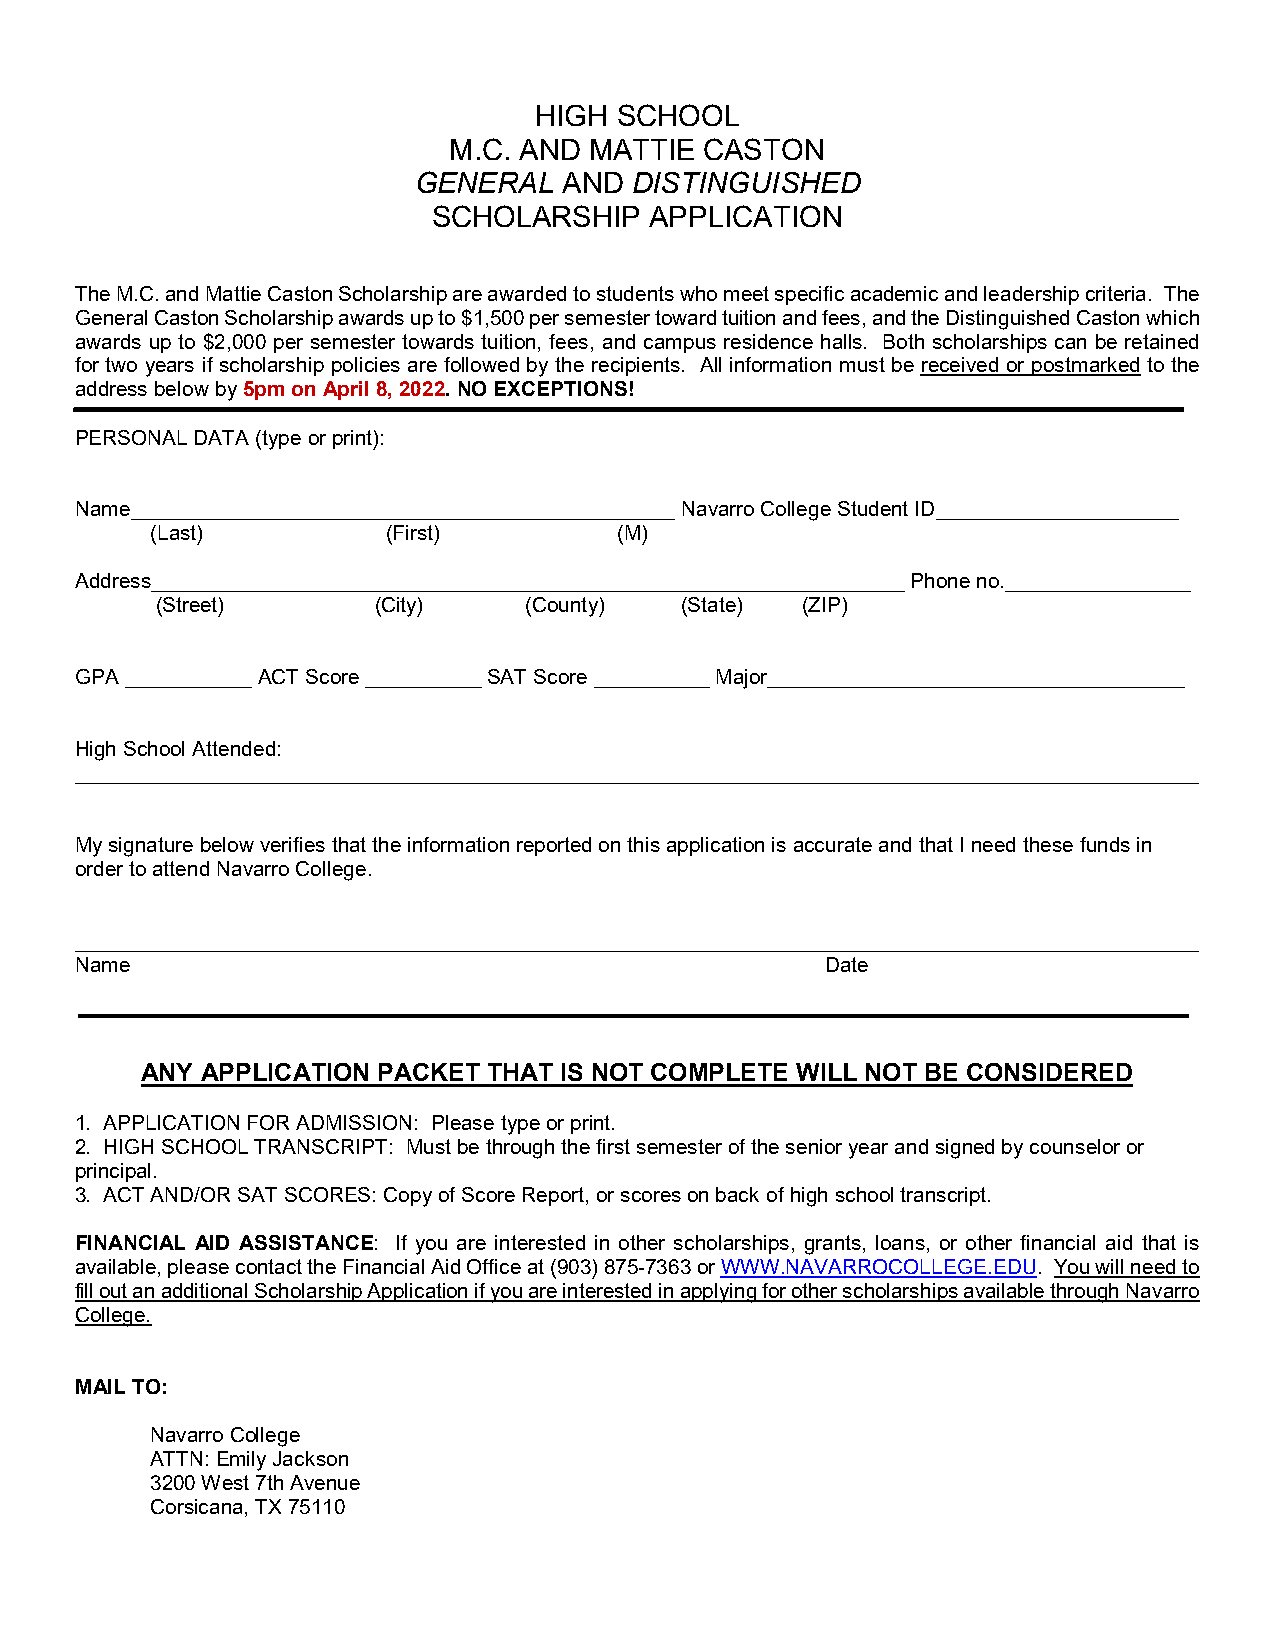
HIGH  SCHOOL
 M.C. AND MATTIE  CASTON
 GENERAL   AND  DISTINGUISHED
 SCHOLARSHIP   APPLICATION
 The M.C. and Mattie Caston Scholarship are awarded to students who meet specific academic and leadership criteria. The
 General Caston Scholarship awards up to $1,500 per semester toward tuition and fees, and the Distinguished Caston which
 awards up to $2,000 per semester towards tuition, fees, and campus residence halls. Both scholarships can be retained
 for two years if scholarship policies are followed by the recipients. All information must be received or postmarked to the
 address below by 5pm on April 8, 2022. NO EXCEPTIONS!
 PERSONAL DATA (type or print):
 Name_______________________________________________ Navarro College Student ID_____________________
 (Last)          (First)        (M)
 Address_________________________________________________________________ Phone no.________________
 (Street)       (City)    (County)  (State) (ZIP)
 GPA ___________ ACT Score __________ SAT Score __________ Major____________________________________
 High School Attended:
 _________________________________________________________________________________________________
 My signature below verifies that the information reported on this application is accurate and that I need these funds in
 order to attend Navarro College.
 _________________________________________________________________________________________________
 Name                                              Date
 ANY APPLICATION PACKET THAT IS NOT COMPLETE WILL NOT BE CONSIDERED
 1. APPLICATION FOR ADMISSION: Please type or print.
 2. HIGH SCHOOL TRANSCRIPT: Must be through the first semester of the senior year and signed by counselor or
 principal.
 3. ACT AND/OR SAT SCORES: Copy of Score Report, or scores on back of high school transcript.
 FINANCIAL AID ASSISTANCE: If you are interested in other scholarships, grants, loans, or other financial aid that is
 available, please contact the Financial Aid Office at (903) 875-7363 or WWW.NAVARROCOLLEGE.EDU. You will need to
 fill out an additional Scholarship Application if you are interested in applying for other scholarships available through Navarro
 College.
 MAIL TO:
 Navarro College
 ATTN: Emily Jackson
 3200 West 7th Avenue
 Corsicana, TX 75110